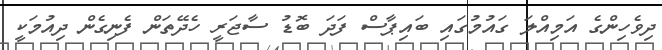
ދިވެހިންގެ އަމިއްލަ ގައުމުގައި ބައިޕާސް ފަދަ ބޮޑު ސާޖަރީ ހެދޭތަން ފެނިގެން ދިއުމަކީ